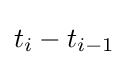
t_{i}-t_{i-1}